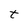
Character: t